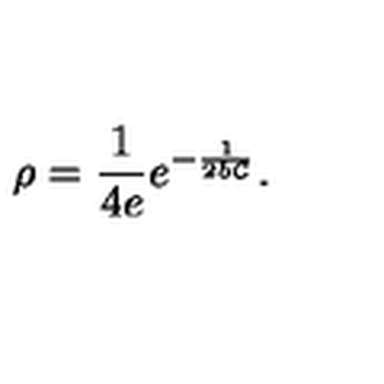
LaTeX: \rho = { \frac { 1 } { 4 e } } e ^ { - { \frac { 1 } { 2 b { \cal C } } } } .